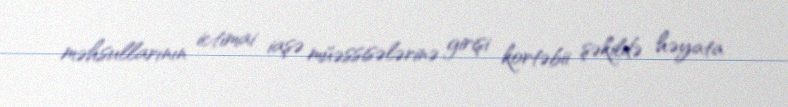
məhsullarının ictimai iaşə müəssisələrinə girişi kortəbii şəkildə həyata